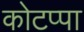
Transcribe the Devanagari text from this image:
कोटप्‍पा